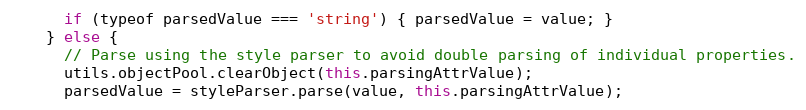
Language: JavaScript
      if (typeof parsedValue === 'string') { parsedValue = value; }
    } else {
      // Parse using the style parser to avoid double parsing of individual properties.
      utils.objectPool.clearObject(this.parsingAttrValue);
      parsedValue = styleParser.parse(value, this.parsingAttrValue);